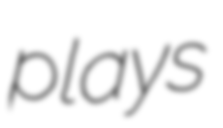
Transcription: plays